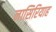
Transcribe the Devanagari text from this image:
नासिरियाह